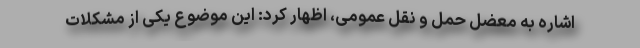
اشاره به معضل حمل و نقل عمومی، اظهار کرد: این موضوع یکی از مشکلات